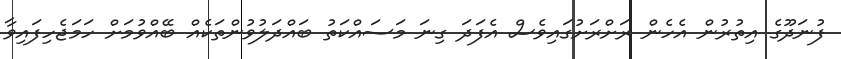
ފުނަދޫގެ އިތުރުން އެހެން ރަށްރަށުގައިވެސް އެފަދަ ގިނަ މަސައްކަތު ބައްދަލުވުންތަކެއް ބޭއްވުމަށް ހަމަޖެހިފައިވާ